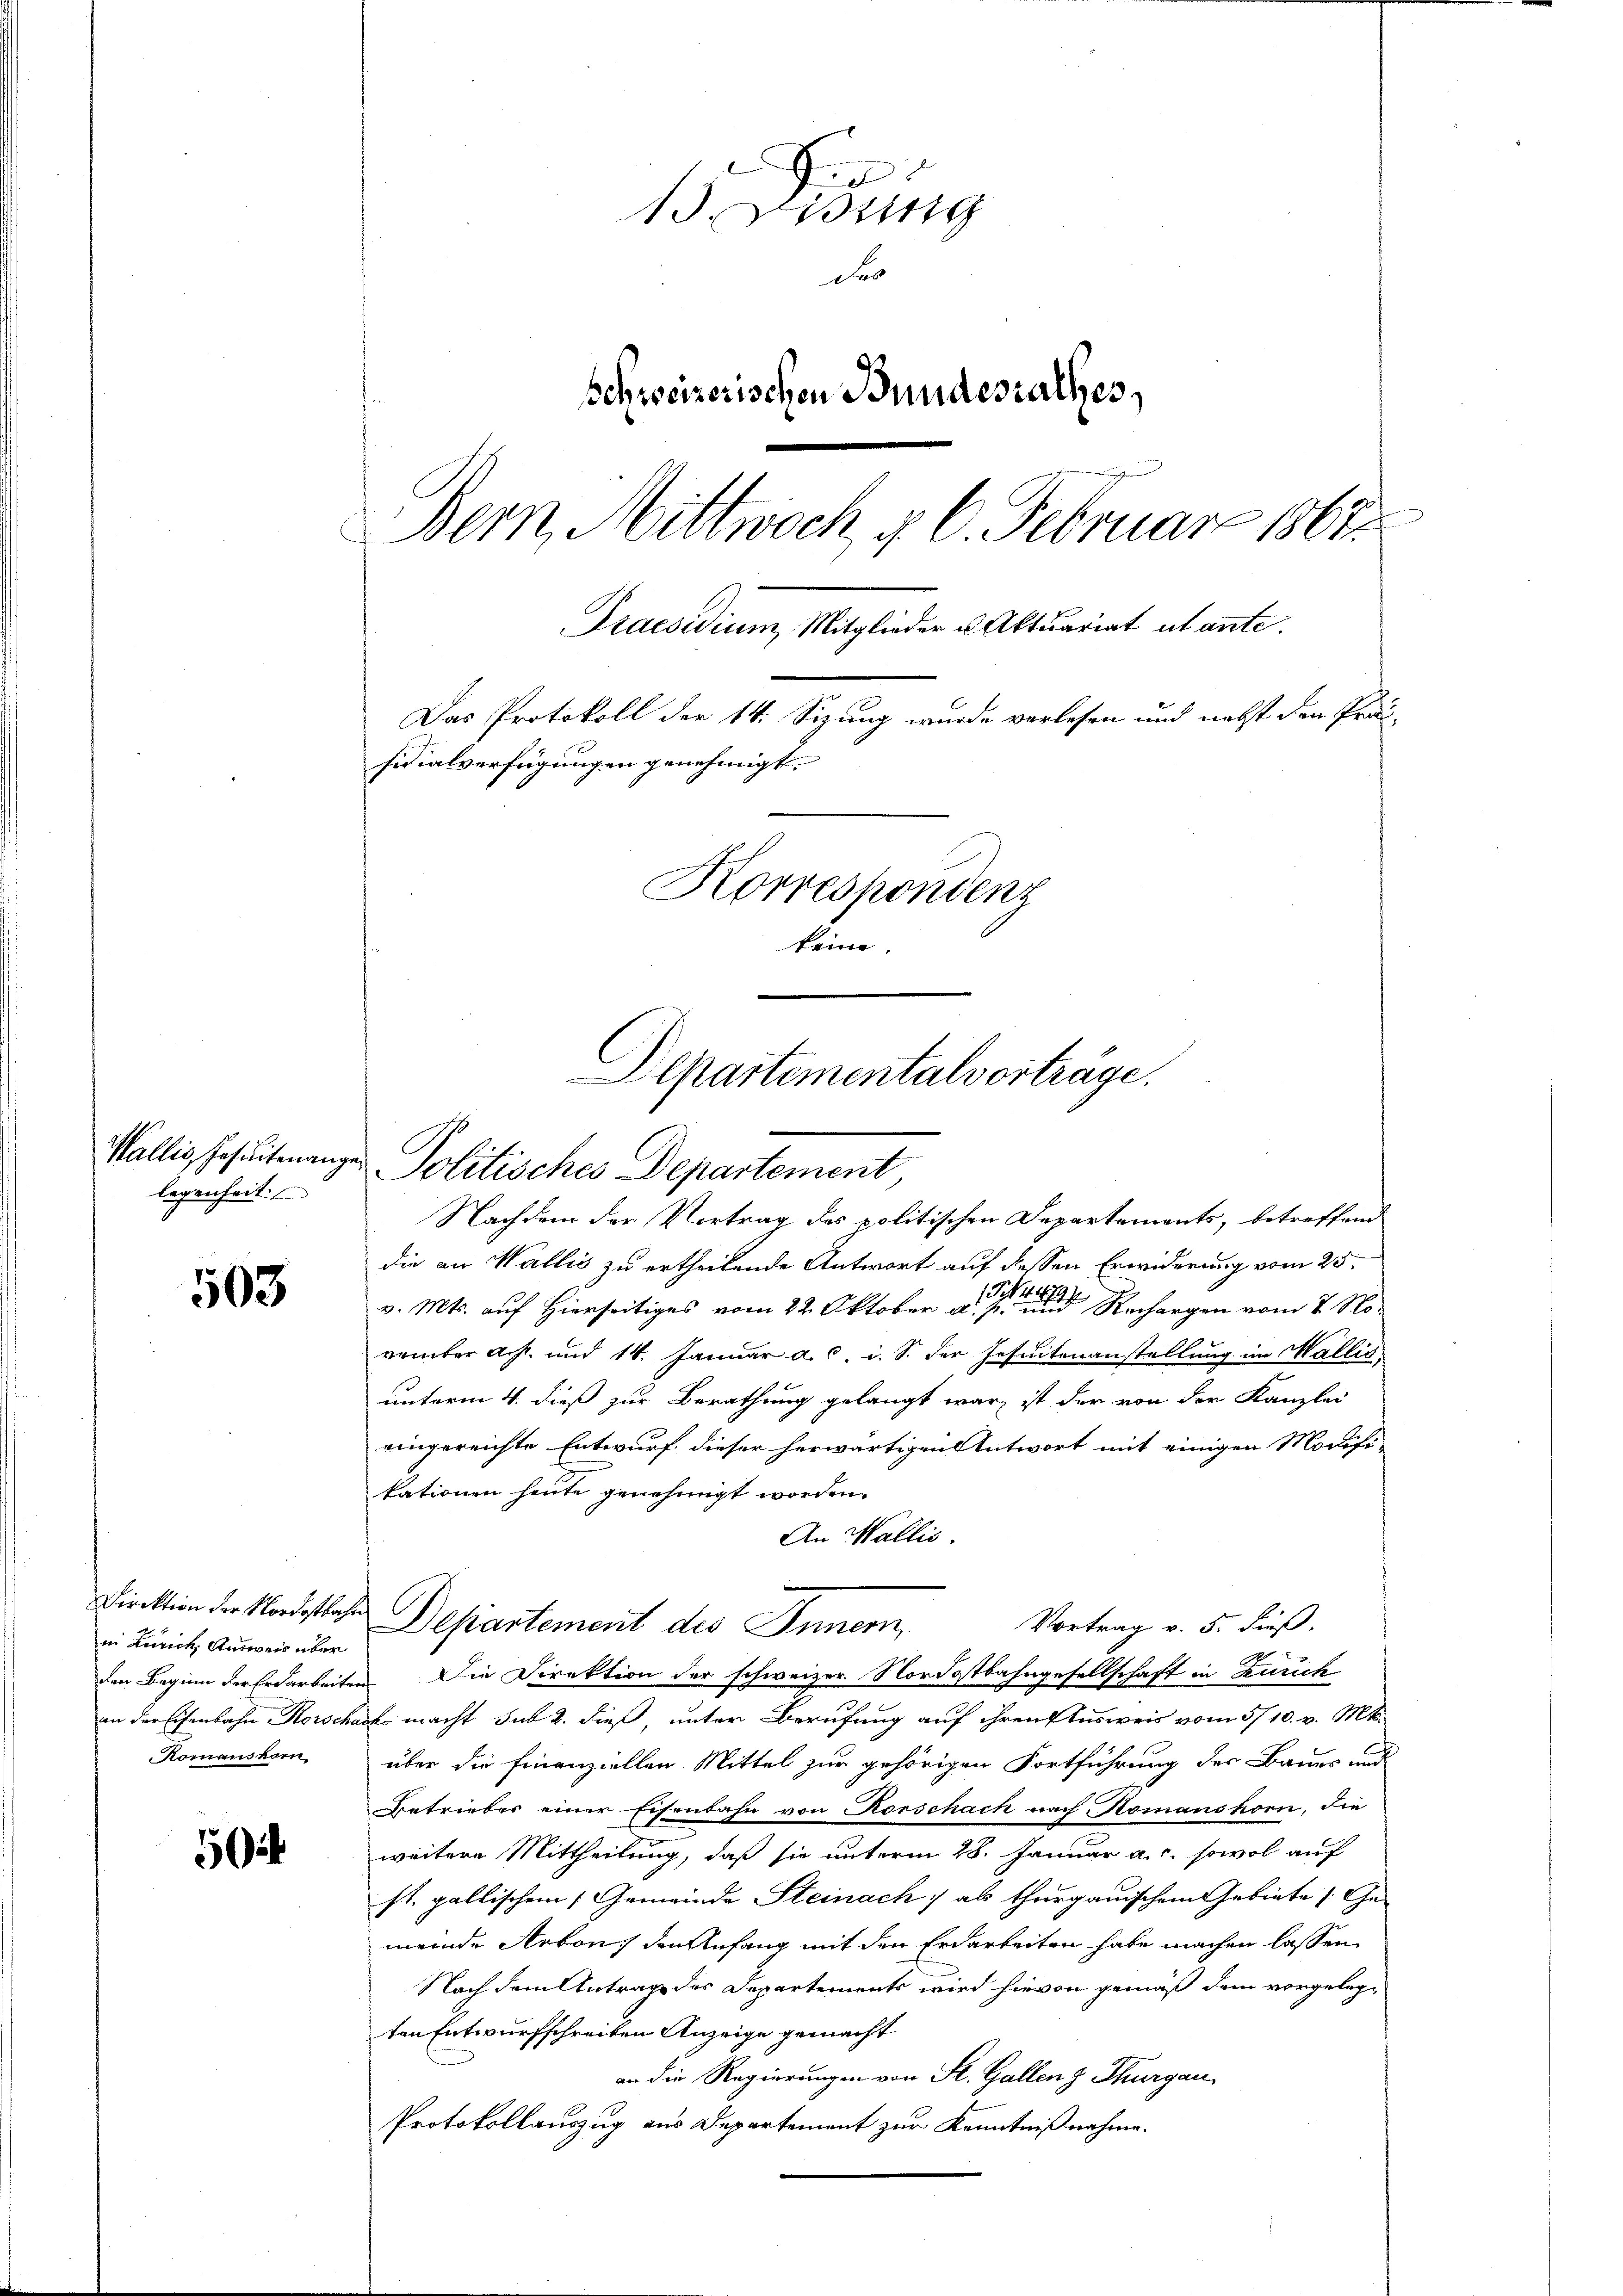
legenheit

503

50

15. Disung
D
Schweizerischen Bundesrathes,
g
Bern, Mittwoch §. 6. Februar 1867.
Praesidium Mitglieder u. Aktuariat tante.
Das Protokoll der 14. Sizung wurde verlesen und nebst den Prä-
sidialverfügungen genehmigt.
Korrespondenz
keine

Direktion der Nordostbahn
in Zürich, Ausweis über

Nachdem der Vortrag des politischen Departements, betreffend
die an Wallis zu ertheilende Antwort auf dessen Erwiderung vom 25.
v. Mts. auf Hierseitiges vom 22. Oktober a. einen Rechargen vom 7. November Art. und 14. Januar a. c. i. S. der Jesuitenanstellung im Wallis,
unterm 4. dieß zur Berathung gelangt war ist der von der Kanzlei
eingereichte Entwurf dieser herwärtigen Antwort mit einigen Modifi-
kationen heute genehmigt worden.
An Wallis.
Vortrag v. 5. dieß.
Departement des Innern,
den Beginn der Erdarbeiten. Die Direktion der schweizer. Nordostbahngesellschaft in Zürich
an der Eisenbahn Korscharf macht sub 2. dieß, unter Berufung auf ihren Ausweis vom 5/10. v. Mt.
Romanskern, über die Finanziellen Mittel zur gehörigen Fortführung der Baues und
Betriebes einer Eisenbahn von Rorschach nach Romanshorn, die
weitere Mittheilung, daß sie unterm 28. Januar a.c. sowol auf
st. gallischen 7 Gemeinde Steinach als thurgauischem Gebiete Gemeinde Arbons den Anfang mit den Erdarbeiten habe machen lassen
Nach dem Antrage des Departements wird hievon gemäß dem vorgelegten Entwurfschreiben Anzeige gemacht
an die Regierungen von St. Gallen z. Thurgau,
Protokollauszug aus Departement zur Kenntnißnahme.

Departementalvorträge.
Wallis Erseitenangen Politisches Departement